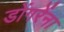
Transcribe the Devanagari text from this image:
डोंगरेंना